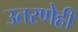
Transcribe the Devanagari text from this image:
उतरणेही